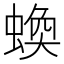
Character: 𧎑